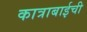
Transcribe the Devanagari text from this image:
कात्राबाईची